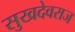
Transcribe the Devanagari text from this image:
सुखदेवराज